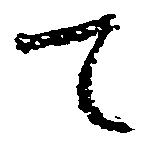
て